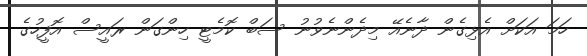
ހަމަ އަކަށް އެޅިގެން ދާނެއޭ މިދެންނެވުނު ސަބް ކޮމެޓީ ހިންގަން ރައީސް އޮފީހުގެ